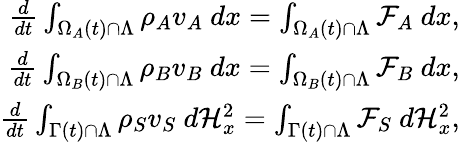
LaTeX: \begin{array}{r}{\frac{d}{dt}\int_{\Omega_{A}(t)\cap\Lambda}\rho_{A}v_{A}{\ }dx=\int_{\Omega_{A}(t)\cap\Lambda}\mathcal{F}_{A}{\ }dx,}\\ {\frac{d}{dt}\int_{\Omega_{B}(t)\cap\Lambda}\rho_{B}v_{B}{\ }dx=\int_{\Omega_{B}(t)\cap\Lambda}\mathcal{F}_{B}{\ }dx,}\\ {\frac{d}{dt}\int_{\Gamma(t)\cap\Lambda}\rho_{S}v_{S}{\ }d\mathcal{H}_{x}^{2}=\int_{\Gamma(t)\cap\Lambda}\mathcal{F}_{S}{\ }d\mathcal{H}_{x}^{2},}\end{array}